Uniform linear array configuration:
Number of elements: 48
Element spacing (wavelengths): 0.25
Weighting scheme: blackman
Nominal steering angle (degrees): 0
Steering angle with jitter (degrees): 1.595
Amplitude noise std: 0.05
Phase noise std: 0.05

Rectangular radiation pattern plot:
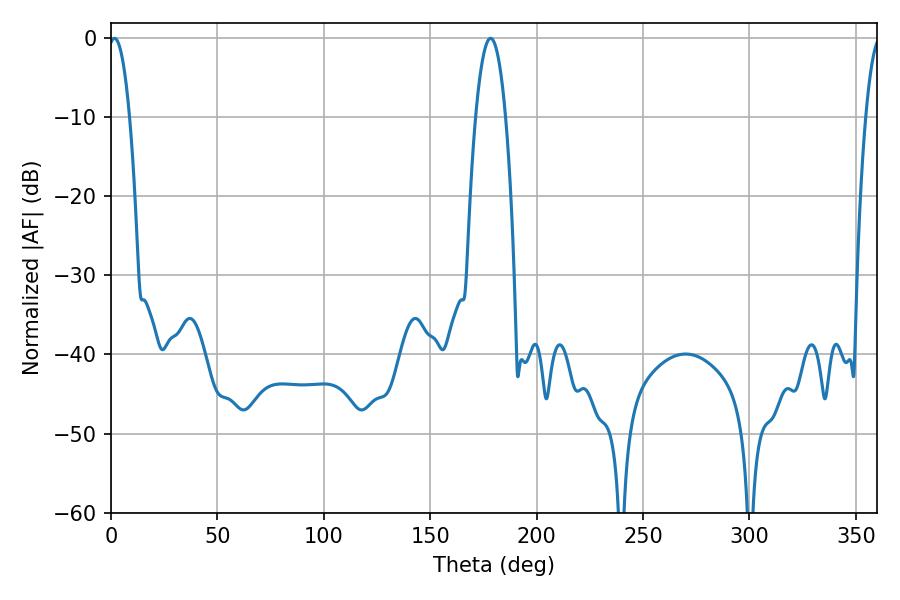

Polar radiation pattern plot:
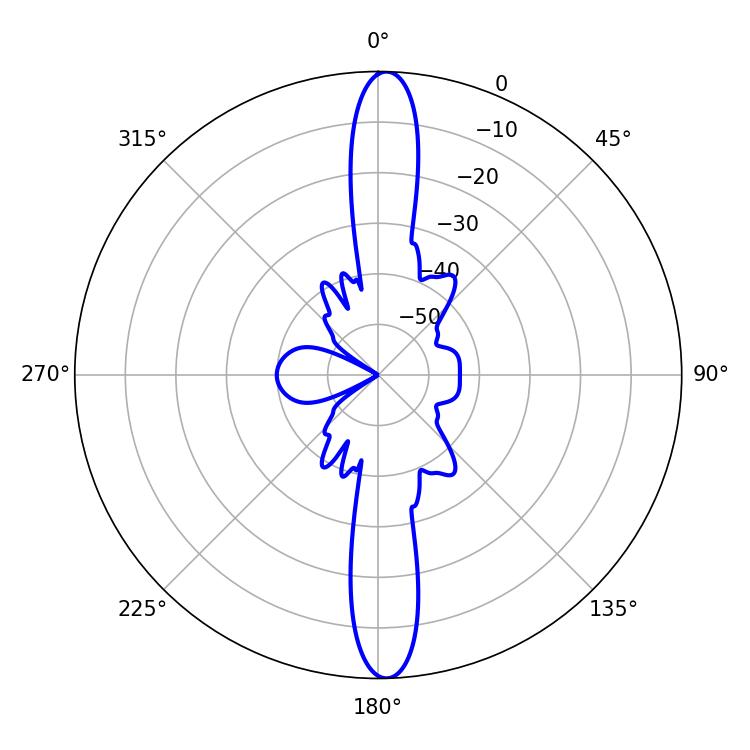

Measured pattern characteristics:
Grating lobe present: FALSE
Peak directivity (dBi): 23.744
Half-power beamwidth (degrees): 5.58
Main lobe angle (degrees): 1.62